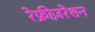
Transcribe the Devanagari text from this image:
रेफ्रीज़रेशन